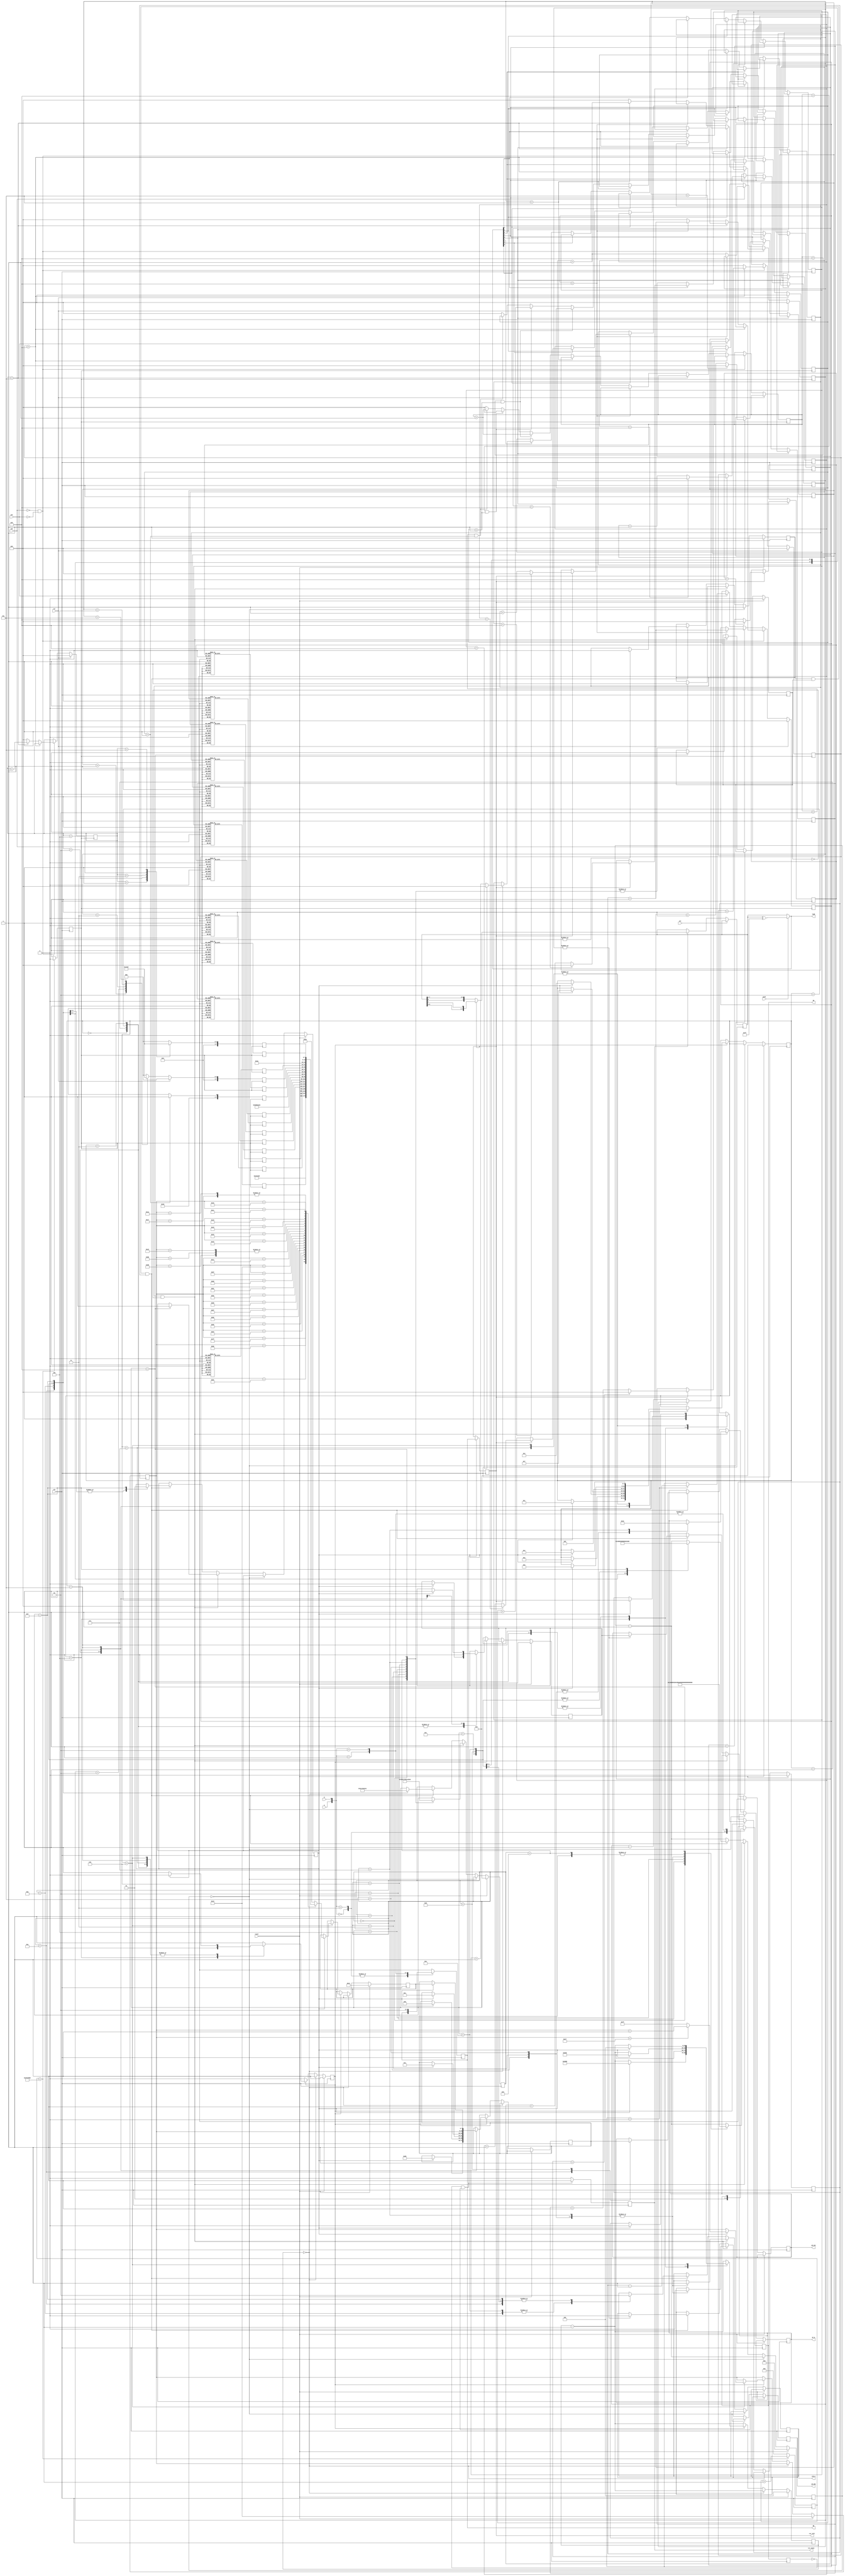
`timescale 1ns / 1ps
//////////////////////////////////////////////////////////////////////////////////
// Company: 
// Engineer: 
// 
// Design Name: 
// Module Name:    lcd_clock 
// Project Name: 
// Target Devices: 
// Tool versions: 
// Description: 
//
// Dependencies: 
//
// Revision: 
// Revision 0.01 - File Created
// Additional Comments: 
//
//////////////////////////////////////////////////////////////////////////////////
module lcd_clock(clk, zuo,you,set, reset, a, b, push, led8, qa, qb, rot_event, rot_left,  rst, LCD_E,  LCD_RS, LCD_RW, SF_D );
	 
	 input clk,rst,reset,zuo,you,set,a,b,push;//set
    output reg LCD_E;//0---1--
    output reg LCD_RS;//0---1----
    output reg LCD_RW;// 0--- 1---
    output  [11:8] SF_D;//
	 output [7:0]led8;
	 output qa, qb;
	 output rot_event, rot_left;

	 reg [7:0]lpshf = 8'b1000_0000;     //FPGA can init registers from bitstream, diff. from ASIC
	 reg qa = 0, qb = 0;
	 reg qa_dly = 0;
	 reg rot_event = 0; 
	 reg rot_left = 0;

	 reg clk1=0;
//reg clk2=0;
reg[31:0]counter=32'b0;
//reg[31:0]cnt=32'b0;
reg[3:0]n1=4'd2;
reg[3:0]n2=4'd0;
reg[3:0]n3=4'd1;
reg[3:0]n4=4'd6;
reg[3:0]y1=4'd1;
reg[3:0]y2=4'd1;
reg[3:0]d1=4'd1;
reg[3:0]d2=4'd4;
reg[3:0]mg=4'b0;
reg[3:0]md=4'b0;
reg[3:0]sg=4'd2;
reg[3:0]sd=4'd7;
reg[3:0]hg=4'b1;
reg[3:0]hd=4'd0;
parameter x0=8'b00110000;
parameter x1=8'b00110001;
parameter x2=8'b00110010;
parameter x3=8'b00110011;
parameter x4=8'b00110100;
parameter x5=8'b00110101;
parameter x6=8'b00110110;
parameter x7=8'b00110111;
parameter x8=8'b00111000;
parameter x9=8'b00111001;
parameter x00=8'b00100000;
reg[7:0]m1;
reg[7:0]m2;
reg[7:0]s1;
reg[7:0]s2;
reg[7:0]h1;
reg[7:0]h2;
reg[7:0]y01;
reg[7:0]y02;
reg[7:0]y03;
reg[7:0]y04;
reg[7:0]m01;
reg[7:0]m02;
reg[7:0]d01;
reg[7:0]d02;

	 reg [3:0]sf_d;
	 assign SF_D = sf_d;
	 
	 reg [7:0]dataTran;
	 reg inited;//
	 reg dataIn;//
	 reg cmd_data;//
	 reg dataTranDone;//
	 reg dataState;//????

	 reg state_change;
	 reg [20:0]cnt;
	 
	 reg [5:0]dspState;
	 reg dspState_change;
	 reg [24:0]dsp_cnt;
	 parameter dspStateA = 6'd0;
	 parameter dspStateB = 6'd1;
	 parameter dspStateC = 6'd2;
	 parameter dspStateD = 6'd3;
	 parameter dspStateE = 6'd4;
	 parameter dspStateF = 6'd5;
	 parameter dspStateG = 6'd6;
	 parameter dspStateD1 = 6'd7;
	 
	 reg [7:0]address;//
	 reg [7:0]dataWrite;//
	 
always @(posedge clk)		//latch io signal into registers
begin

case ({a,b})
	2'b00:
		begin
			qa <= 0;
			qb <= qb;
		end
	2'b11:
		begin
			qa <= 1;
			qb <= qb;
		end
	2'b01:
		begin
			qa <= qa;
			qb <= 1;
		end
	2'b10:
		begin
			qa <= qa;
			qb <= 0;
		end
	default:
		begin
			qa <= qa;
			qb <= qb;
		end
endcase

end


always @(posedge clk)		//detect rising edge on A line
begin
	qa_dly <= qa;			//non-blocking, take effect next cycle
	if ((qa_dly == 0) && (qa == 1))		//rising edge
		begin
			rot_event = 1; 
			rot_left = qb;		//qb ==1 means rot left, see figure on p8
		end
	else
		begin
			rot_event = 0; 
			rot_left = rot_left;
		end
end


always @(posedge clk)		//loop shift left/right
if (set)
	lpshf <= lpshf;
else if (rot_event)
	lpshf <= rot_left ? {lpshf[6:0], lpshf[7]} : {lpshf[0], lpshf[7:1]};

 
/*
always @(posedge clk)		//shift left/right and stop at either endpoint
if (rot_event)
begin
	if (rot_left && (lpshf != 8'b1000_0000))	//stuck at left end
		lpshf <= {lpshf[6:0], lpshf[7]};
	else if ((rot_left ==0) && (lpshf != 8'b0000_0001))		//stuck at right end
		lpshf <= {lpshf[0], lpshf[7:1]};
end
*/

assign led8 = push ? (lpshf ^ 8'hff) : lpshf;			//push (high) to invert display


	 initial begin
		dsp_cnt <= 25'd0;
		dspState_change <= 1'b1;
		dspState <= dspStateA;
	 end 
	 
always@(posedge clk)
begin
	if(counter<50000000)
		begin
			counter=counter+1;
			clk1=0;
		end
	else
		begin
			counter=0;
			clk1=1;
		end
end	 

always@(posedge clk1)
begin
if(rst)
	begin
	hg=0;
	md=0;
	mg=0;
	md=0;
	sg=0;
	sd=0;
	end
else
	if(!zuo&!you)
	begin
		if(sd<9)
				sd=sd+1;
		else if(sg<5)
			begin
				sd=0;
				sg=sg+1;
			end
		else if(md<9)
			begin
				sd=0;
				sg=0;
				md=md+1;
			end
		else if(mg<5)
			begin
				sd=0;
				sg=0;
				md=0;
				mg=mg+1;
			end
		else if(hd<9 && hg<1)
			begin
				sd=0;
				sg=0;
				md=0;
				mg=0;
				hd=hd+1;
			end
		else if(hd==9 && hg<1)
			begin
				sd=0;
				sg=0;
				md=0;
				mg=0;
				hd=0;
				hg=hg+1;
			end
		else if(hd<2 && hg==1)
			begin
				sd=0;
				sg=0;
				md=0;
				mg=0;
				hd=hd+1;
			end
		else
			begin
				sd=0;
				sg=0;
				md=0;
				mg=0;
				hd=0;
				hg=0;
			end
	end
	else if(zuo)
		if(md<9)
			md=md+1;
		else mg=mg+1;
	else if(you)
		if(md>0)
			md=md-1;
		else mg=mg-1;
end

always@(posedge clk)
	if(led8[0])
		begin
			if(rot_left)
			begin
			if(d2==9)
				d2=0;
			else
				d2=d2+1;
			end
		end
	else if(led8[1])
		begin
			if(rot_left)
			begin
			if(d1==5)
				d1=0;
			else
				d1=d1+1;
			end
		end
	else if(led8[2])
		begin
			if(rot_left)
			begin
			if(y2==9)
				y2=0;
			else
				y2=y2+1;
			end
		end
	else if(led8[3])
		begin
			if(rot_left)
			begin
			if(y1==1)
				y1=0;
			else
				y1=y1+1;
			end
		end
	else if(led8[4])
		begin
			if(rot_left)
			begin
			if(n4==9)
				n4=0;
			else
				n4=n4+1;
			end
		end
	else if(led8[5])
		begin
			if(rot_left)
			begin
			if(n3==9)
				n3=0;
			else
				n3=n3+1;
			end
		end
	else if(led8[6])
		begin
		if(rot_left)
		begin
			if(n2==9)
				n2=0;
			else
				n2=n2+1;
		end
		end
	else if(led8[7])
		begin
			if(rot_left)
			begin
			if(n1==9)
				n1=0;
			else
				n1=n1+1;
		end
		end
		
always@(posedge clk1)
begin
if(rst)
	m1=x0;
else
case(mg)
	4'b0000:m1=x0;
	4'b0001:m1=x1;
	4'b0010:m1=x2;
	4'b0011:m1=x3;
	4'b0100:m1=x4;
	4'b0101:m1=x5;
	
	default:m1=x0;
endcase
end

always@(posedge clk1)
begin
if(rst)
	m2=x0;
case(md)
	4'b0000:m2=x0;
	4'b0001:m2=x1;
	4'b0010:m2=x2;
	4'b0011:m2=x3;
	4'b0100:m2=x4;
	4'b0101:m2=x5;
	4'b0110:m2=x6;
	4'b0111:m2=x7;
	4'b1000:m2=x8;
	4'b1001:m2=x9;
	default:m2=x0;
endcase
end

always@(posedge clk1)
begin
if(rst)
	s1=x0;
case(sg)
	4'b0000:s1=x0;
	4'b0001:s1=x1;
	4'b0010:s1=x2;
	4'b0011:s1=x3;
	4'b0100:s1=x4;
	4'b0101:s1=x5;
	
	default:s1=x0;
endcase
end

always@(posedge clk1)
begin
if(rst)
	s2=x0;
case(sd)
	4'b0000:s2=x0;
	4'b0001:s2=x1;
	4'b0010:s2=x2;
	4'b0011:s2=x3;
	4'b0100:s2=x4;
	4'b0101:s2=x5;
	4'b0110:s2=x6;
	4'b0111:s2=x7;
	4'b1000:s2=x8;
	4'b1001:s2=x9;
	default:s2=x0;
endcase
end

always@(posedge clk1)
begin
if(rst)
	h2=x0;
case(hd)
	4'b0000:h2=x0;
	4'b0001:h2=x1;
	4'b0010:h2=x2;
	4'b0011:h2=x3;
	4'b0100:h2=x4;
	4'b0101:h2=x5;
	4'b0110:h2=x6;
	4'b0111:h2=x7;
	4'b1000:h2=x8;
	4'b1001:h2=x9;
	default:h2=x0;
endcase
end

always@(posedge clk1)
begin
if(rst)
	h1=x0;
case(hg)
	4'b0000:h1=x0;
	4'b0001:h1=x1;

	default:h1=x0;
endcase
end

always@(posedge clk1)
begin
case(n1)
	4'b0000:y01=x0;
	4'b0001:y01=x1;
	4'b0010:y01=x2;
	4'b0011:y01=x3;
	4'b0100:y01=x4;
	4'b0101:y01=x5;
	4'b0110:y01=x6;
	4'b0111:y01=x7;
	4'b1000:y01=x8;
	4'b1001:y01=x9;
	default:y01=x0;
endcase
end

always@(posedge clk1)
begin
case(n2)
	4'b0000:y02=x0;
	4'b0001:y02=x1;
	4'b0010:y02=x2;
	4'b0011:y02=x3;
	4'b0100:y02=x4;
	4'b0101:y02=x5;
	4'b0110:y02=x6;
	4'b0111:y02=x7;
	4'b1000:y02=x8;
	4'b1001:y02=x9;
	default:y02=x0;
endcase
end

always@(posedge clk1)
begin
case(n3)
	4'b0000:y03=x0;
	4'b0001:y03=x1;
	4'b0010:y03=x2;
	4'b0011:y03=x3;
	4'b0100:y03=x4;
	4'b0101:y03=x5;
	4'b0110:y03=x6;
	4'b0111:y03=x7;
	4'b1000:y03=x8;
	4'b1001:y03=x9;
	default:y03=x0;
endcase
end

always@(posedge clk1)
begin
case(n4)
	4'b0000:y04=x0;
	4'b0001:y04=x1;
	4'b0010:y04=x2;
	4'b0011:y04=x3;
	4'b0100:y04=x4;
	4'b0101:y04=x5;
	4'b0110:y04=x6;
	4'b0111:y04=x7;
	4'b1000:y04=x8;
	4'b1001:y04=x9;
	default:y04=x0;
endcase
end

always@(posedge clk1)
begin
case(y1)
	4'b0000:m01=x0;
	4'b0001:m01=x1;
	4'b0010:m01=x2;
	4'b0011:m01=x3;
	4'b0100:m01=x4;
	4'b0101:m01=x5;
	4'b0110:m01=x6;
	4'b0111:m01=x7;
	4'b1000:m01=x8;
	4'b1001:m01=x9;
	default:m01=x0;
endcase
end

always@(posedge clk1)
begin
case(y2)
	4'b0000:m02=x0;
	4'b0001:m02=x1;
	4'b0010:m02=x2;
	4'b0011:m02=x3;
	4'b0100:m02=x4;
	4'b0101:m02=x5;
	4'b0110:m02=x6;
	4'b0111:m02=x7;
	4'b1000:m02=x8;
	4'b1001:m02=x9;
	default:m02=x0;
endcase
end

always@(posedge clk1)
begin
case(d1)
	4'b0000:d01=x0;
	4'b0001:d01=x1;
	4'b0010:d01=x2;
	4'b0011:d01=x3;
	4'b0100:d01=x4;
	4'b0101:d01=x5;
	4'b0110:d01=x6;
	4'b0111:d01=x7;
	4'b1000:d01=x8;
	4'b1001:d01=x9;
	default:d01=x0;
endcase
end

always@(posedge clk1)
begin
case(d2)
	4'b0000:d02=x0;
	4'b0001:d02=x1;
	4'b0010:d02=x2;
	4'b0011:d02=x3;
	4'b0100:d02=x4;
	4'b0101:d02=x5;
	4'b0110:d02=x6;
	4'b0111:d02=x7;
	4'b1000:d02=x8;
	4'b1001:d02=x9;
	default:d02=x0;
endcase
end

	 always@(posedge clk)begin
		dsp_cnt <= dsp_cnt-1;
		if(reset)begin
			cmd_data <= 1'b0;//??
			dspState <= dspStateA;
			dspState_change <= 1'b1;
			dsp_cnt <= 25'd0;
			dataIn <= 1'b0;
			address<=8'hc0; //address <= (8'h00|8'h80);//
			dataWrite <= 8'h41;//A
		end
		else if(dsp_cnt==0)dspState_change <=1'b1;
		else if(dspState_change) begin//
			case(dspState) 
				dspStateA:begin
								if(dataTranDone)begin
								dataIn <= 1'b1;//  
								cmd_data <= 0;//
								dataTran <= 8'h28;//0x28
								dspState <= dspStateB;
								dspState_change <=1'b0;
								dsp_cnt <= 25'd2120;
								//$display($time," dspStateA! dataTranDone=%b",dataTranDone);
								end
							end
				dspStateB:begin
								if(dataTranDone)begin
									dataIn <= 1'b1;
									cmd_data <= 1'b0;
									dataTran <= 8'h06;
									dspState_change <=1'b0;
									dspState <= dspStateC;
									dsp_cnt <= 25'd2120;
									//$display($time," dspStateB! dataTranDone=%b",dataTranDone);
								end
							end
				dspStateC:begin
								if(dataTranDone)begin
									dataIn <=1'b1;
									cmd_data <=1'b0;
									dataTran <= 8'h0c;
									dspState_change <= 1'b0;
									dspState <= dspStateD;
									dsp_cnt <= 25'd2120;
									//$display($time," dspStateC! dataTranDone=%b",dataTranDone);
								end
							end
				dspStateD:begin
								if(dataTranDone)begin
									dataIn <= 1'b1;
									dsp_cnt <= 25'd2120; 
									dspState_change <=1'b0;
									cmd_data <= 1'b0;
									dataTran <= 8'h01;//
									dspState <= dspStateD1;
									//$display($time," dspStateD! dataTranDone=%b",dataTranDone);
								end
							end
				dspStateD1:begin
								if(dataTranDone)begin
									dataIn <= 1'b0;
									dspState_change <= 1'b0;
									dsp_cnt <= 25'd8200;//dsp_cnt <= 25'd82000;//1.64ms
									dspState <= dspStateE;
									//$display($time," dspStateD1! dataTranDone=%b",dataTranDone);
								end
							end
				dspStateE:begin
							//	if(dataTranDone)begin//
									dataTran <= address;
									dataIn <= 1'b1;
									cmd_data <=1'b0;
									dspState_change <= 1'b0;
									dspState <= dspStateF;
									dsp_cnt <= 25'd2120;
									//$display($time," dspStateE! dataTranDone=%b",dataTranDone);
							//	end
							end
				dspStateF:begin
								if(dataTranDone)begin
									dataIn <= 1'b1;
									cmd_data <= 1'b1;//
									dataTran <= dataWrite;//
									dspState <= dspStateG;
									dspState_change <= 1'b0;
									dsp_cnt <= 25'd2120;
							   	//$display($time," dspStateF! dataTranDone=%b",dataTranDone);
								end
							end
				dspStateG:begin
								if(dataTranDone)begin
									dataIn <= 1'b0;//
									dsp_cnt <= 25'h0;//
									dspState_change <= 1'b0;
									dspState <= dspStateE;
									if(address <(8'hcf) ) address <= address+1;
									else	address <= 8'h7f;//
									case(address)
									8'h7f:dataWrite<=8'b01000100;
									8'h80:dataWrite<=8'b01000001;
									8'h81:dataWrite<=8'b01011001;
									8'h84:dataWrite<=y01;
									8'h85:dataWrite<=y02;
									8'h86:dataWrite<=y03;
									8'h87:dataWrite<=y04;
									8'h88:dataWrite<=8'b00101110;
									8'h89:dataWrite<=m01;
									8'h8a:dataWrite<=m02;
									8'h8b:dataWrite<=8'b00101110;
									8'h8c:dataWrite<=d01;
									8'h8d:dataWrite<=d02;
									
								   8'hbf:dataWrite<=8'b01010011;
									8'hc0:dataWrite<=8'b01010101;
									8'hc1:dataWrite<=8'b01001110;
									8'hc2:dataWrite<=8'b00101110;
									8'hc5:dataWrite<=h1;
									8'hc6:dataWrite<=h2;
									8'hc7:dataWrite<=8'b00111010;
									8'hc8:dataWrite<=m1;
									8'hc9:dataWrite<=m2;
									8'hca:dataWrite<=8'b00111010;
									8'hcb:dataWrite<=s1;
									8'hcc:dataWrite<=s2;
									
									default: dataWrite <= 8'h20;
									endcase
									//$display($time," dspStateG! dataTranDone=%b",dataTranDone);
								end
							end
			endcase
		end
	 end
	 
	 parameter initStateA = 6'h0;
	 parameter initStateB = 6'h1;
	 parameter initStateC = 6'h2;
	 parameter initStateD = 6'h3;
	 parameter initStateE = 6'h4;
	 parameter initStateF = 6'h5;
	 parameter initStateG = 6'h6;
	 parameter initStateH = 6'h7;
	 parameter initStateI = 6'h8;
	 parameter initStateDone = 6'h9;
	 
	 parameter dataStateA = 6'd10;
	 parameter dataStateB = 6'd11;
	 parameter dataStateC = 6'd12;
	 parameter dataStateD = 6'd13;
	 parameter dataStateE = 6'd14;
	 parameter dataStateF = 6'd15;
	 
	 reg [5:0]state;
	 initial begin 
		inited<=0;
		state<=initStateA;
		dataState<=0;//
	end
	//************************************//
	always@(posedge clk)begin 
		cnt<=cnt-1;
		if(reset)begin 
			inited<=0;
			state<=0;
			state_change<=1;
			cnt<=0;
			state<=initStateA;
			dataState<=0;
			dataTranDone<=1'b0;
			end
			else if(cnt==0)
			state_change<=1;
			else if(state_change&&!inited)begin
				case(state)
				initStateA:begin //15ms
					cnt<=20'd750000;
					state<=initStateB;
					state_change<=0;
					end
				initStateB:begin //SF_D<11:8>=0x3LCD_E12
					cnt<=20'd12;
					LCD_E<=1;
					LCD_RW<=0;
					sf_d<=4'h3;
					state<=initStateC;
					state_change<=0;
					end
				initStateC:begin//4.1ms50MHz205000
					cnt <=20'd205000; //cnt <= 20'd205000;
					state <= initStateD;
					state_change <= 0;
					end
				initStateD:begin//SF_D<11:8>=0x3LCD_E12??					
					cnt <= 20'd12;
					LCD_E <= 1;
					LCD_RW <= 0;
					sf_d <= 4'h3;
					state <= initStateE;
					state_change <= 0;
					end
				initStateE:begin//100us50MHz5000
					cnt<=20'd5000;
					state <=initStateF;
					state_change<=0;
					end
			initStateF:begin//??SF_D<11:8>=0x3LCD_E12
					cnt <= 20'd12;
					LCD_E <= 1;
					LCD_RW <= 0;
					sf_d <= 4'h3;
					state <= initStateG;
					state_change <= 0;
					//$display($time," initStateF!");
					end
				initStateG:begin //40us50MHz2000??
					cnt<=20'd2000;
				   state<=initStateH;
					state_change<=0;
					end
				initStateH:begin//SF_D<11:8>=0x2LCD_E12
					cnt<=20'd12;
					LCD_E <=1'b1;
					LCD_RW <=1'b0;
					sf_d<=4'h2;
					state<=initStateI;
					state_change <= 0;
					end
				initStateI:begin //40us??0MHz2000
					cnt<=20'd2000;
					state <= initStateDone;
					state_change <= 0;
					end
				initStateDone:begin
					inited <= 1;
					state  <= dataStateA;
					state_change<=1'b0;
					cnt<=20'b1;
					dataTranDone <=1'b1;
					end
				endcase
			end
//*****************************************************//
			else if(state_change && inited && dataIn)begin
				case(state)
					dataStateA:begin 
						  dataTranDone <=1'b0;//
						  sf_d<=dataTran[7:4];//
						  LCD_E  <= 1'b0;
						  LCD_RW <= 1'b0;
						  LCD_RS <= cmd_data;
						  cnt    <= 20'd3;
						  state  <= dataStateB;
						  state_change  <=1'b0;
						  end
					dataStateB:begin 
							dataTranDone <=1'b0;//
							cnt<=20'd12;
							LCD_E <= 1'b1;  
							LCD_RW <= 1'b0;
							LCD_RS <= cmd_data; 
							state <= dataStateC;
							state_change <= 1'b0;
							end
					dataStateC:begin
							dataTranDone <= 1'b0;//							
							LCD_E <= 1'b0;
							cnt <= 20'd53;//1us
							state <= dataStateD;
							cnt <= 20'd1;
							state_change <= 1'b0;	
							end
					dataStateD:begin
							dataTranDone <= 1'b0;//	
							sf_d <= dataTran[3:0];//
							LCD_E <= 1'b0;
							LCD_RW <= 1'b0;
							LCD_RS <= cmd_data;
							cnt <= 20'd3;//40ns
							state <= dataStateE;
							state_change <=1'b0;
							cnt <= 20'b1;
							end
					dataStateE:begin
							dataTranDone <= 1'b0;//	
							cnt <= 20'd12;//230ns
							LCD_E <= 1'b1;
							LCD_RW <= 1'b0;
							LCD_RS <= cmd_data;
							state <= dataStateF;
							state_change <= 1'b0;
							cnt <= 20'd1;
							end
					dataStateF:begin
							LCD_E <= 1'b0;
			 				cnt <= 20'd2120;//40us
							state_change <= 1'b0;
							state <= dataStateA;
							dataTranDone <= 1'b1;//	
							end
						endcase
			end
			end
endmodule


/*

NET "LCD_E" LOC = M18;
NET "LCD_RS" LOC = L18;
NET "LCD_RW" LOC = L17;
NET "SF_D[8]" LOC = R15;
NET "SF_D[9]" LOC = R16;
NET "SF_D[10]" LOC = P17;
NET "SF_D[11]" LOC = M15;

NET "clk" LOC = C9;
NET "reset" LOC = N17;
NET "rst" LOC = L13;
NET "set" LOC = H18;



# PlanAhead Generated physical constraints 

NET "you" LOC = D18;
NET "zuo" LOC = K17;
# PlanAhead Generated physical constraints 

NET "a" LOC = K18;
NET "b" LOC = G18;
NET "push" LOC = V16;

# PlanAhead Generated physical constraints 

NET "a" PULLUP;
NET "b" PULLUP;
NET "push" PULLDOWN;

# PlanAhead Generated physical constraints 

NET "led8[0]" LOC = F12;
NET "led8[1]" LOC = E12;
NET "led8[2]" LOC = E11;
NET "led8[3]" LOC = F11;
NET "led8[4]" LOC = C11;
NET "led8[5]" LOC = D11;
NET "led8[6]" LOC = E9;
NET "led8[7]" LOC = F9;

*/